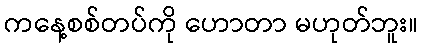
ကနေ့စစ်တပ်ကို ဟောတာ မဟုတ်ဘူး။